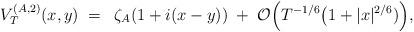
LaTeX: \begin{align*}V_T^{({A},2)}(x,y)\;=\; \; \zeta_{A}(1+i(x-y))\;+\; \mathcal{O}\Big( T^{-1/6}\big(1+|x|^{2/6})\Big),\end{align*}